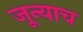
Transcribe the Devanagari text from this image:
जून्याच